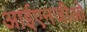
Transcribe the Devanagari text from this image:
आईएनजीओ